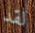
لقد